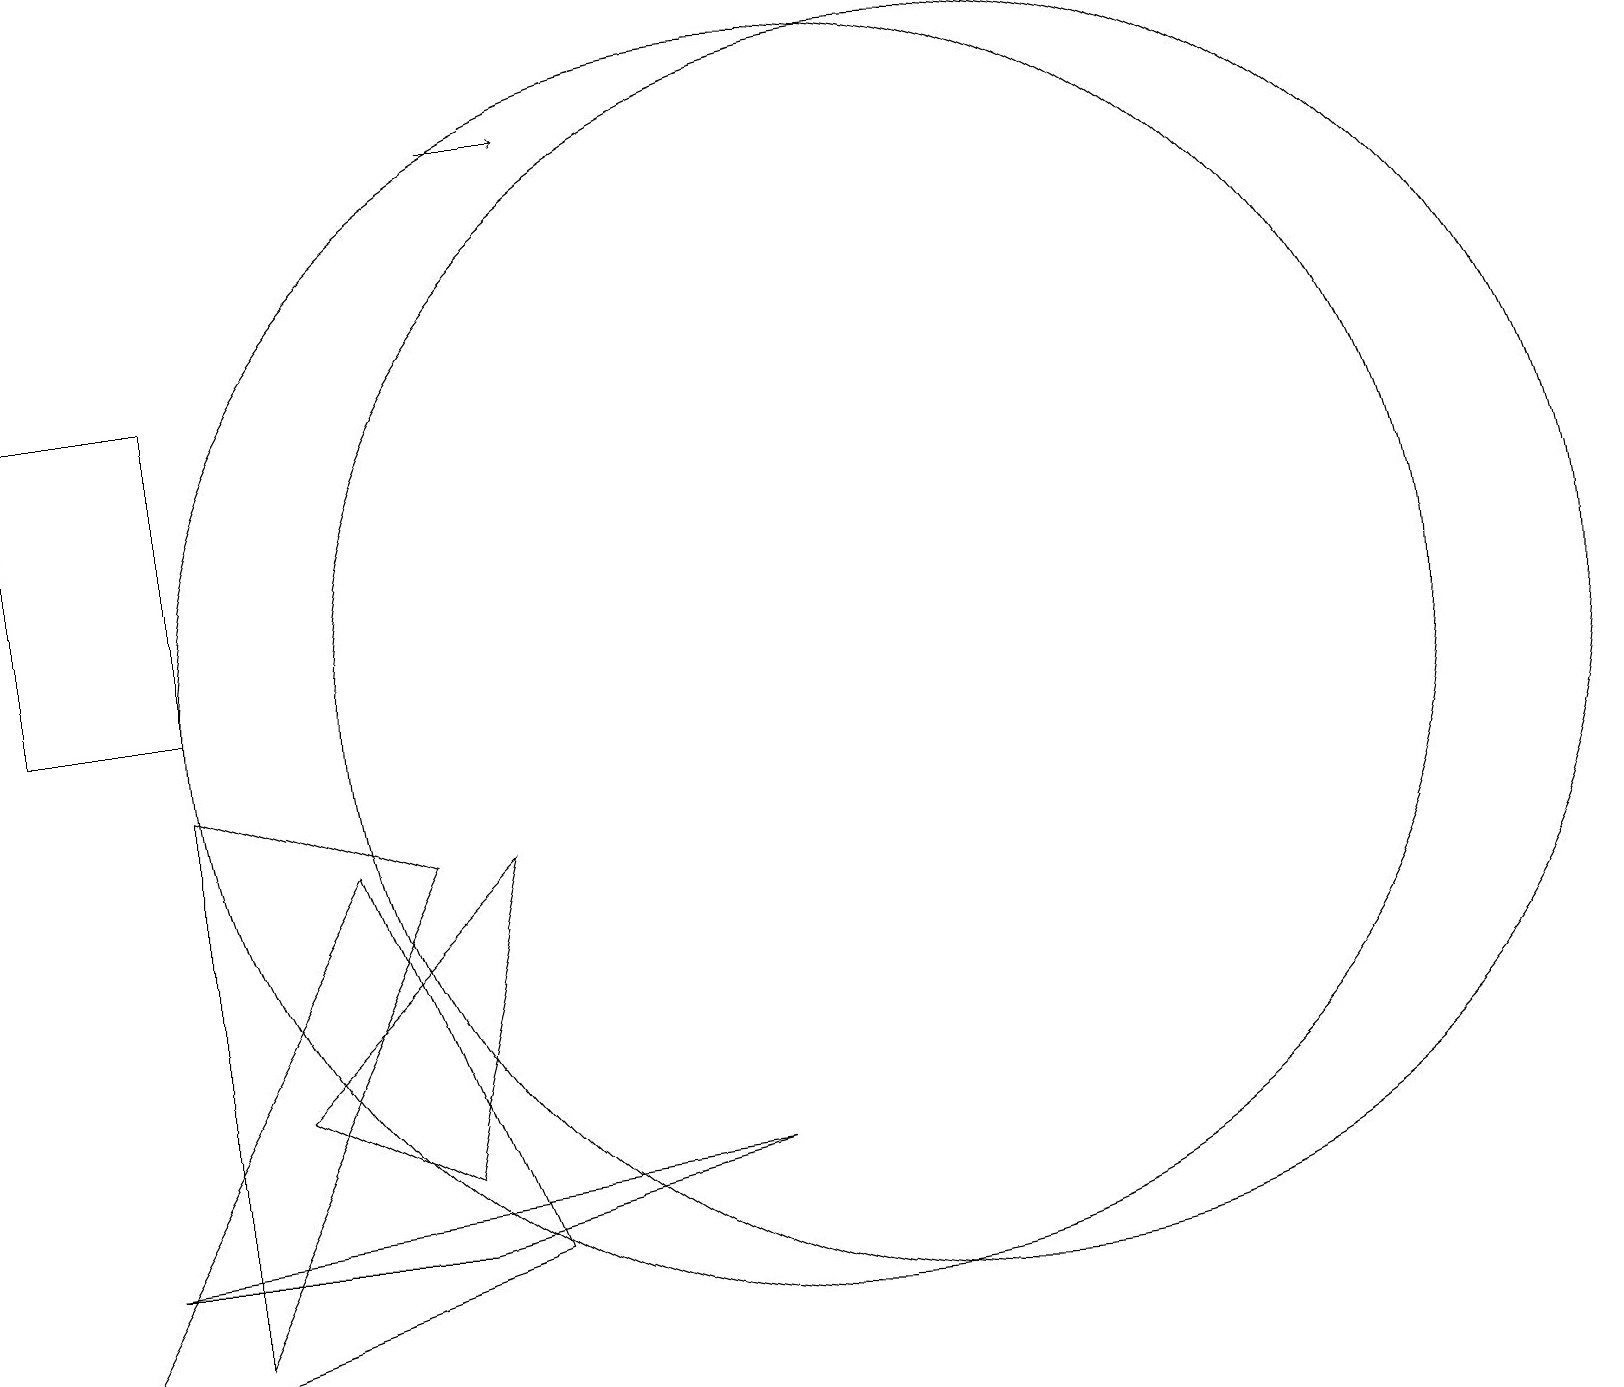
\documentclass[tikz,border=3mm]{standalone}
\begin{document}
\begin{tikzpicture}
\draw (5,8) -- (2,2) -- (2,9) -- cycle;
\draw (10,10) circle (8);
\draw (5,4) -- (6,8) -- (3,5) -- cycle;
\draw (5,3) -- (9,4) -- (1,3) -- cycle;
\draw (2,10) rectangle (0,14);
\draw[->] (6,17) -- (7,17);
\draw (12,10) circle (8);
\draw (0,1) -- (6,3) -- (4,8) -- cycle;
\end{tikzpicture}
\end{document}